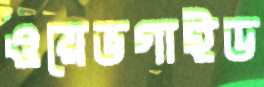
ওয়েভগাইড